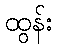
ထွန်း